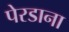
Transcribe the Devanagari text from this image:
पेरडाना